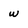
Character: w